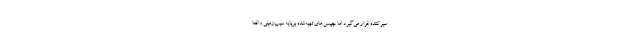
سیرکننده قرار می‌گیرد اما چیپس‌های تهیه‌شده برپایه سیب‌زمینی واقعا